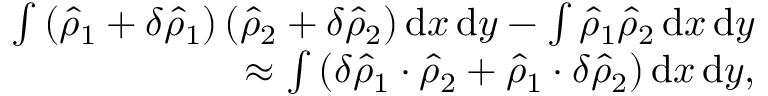
\begin{array} { r } { \int \left( \hat { \rho } _ { 1 } + \delta \hat { \rho } _ { 1 } \right) \left( \hat { \rho } _ { 2 } + \delta \hat { \rho } _ { 2 } \right) \mathrm { d } x \, \mathrm { d } y - \int \hat { \rho } _ { 1 } \hat { \rho } _ { 2 } \, \mathrm { d } x \, \mathrm { d } y } \\ { \approx \int \left( \delta \hat { \rho } _ { 1 } \cdot \hat { \rho } _ { 2 } + \hat { \rho } _ { 1 } \cdot \delta \hat { \rho } _ { 2 } \right) \mathrm { d } x \, \mathrm { d } y , } \end{array}